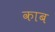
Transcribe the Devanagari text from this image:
काब